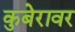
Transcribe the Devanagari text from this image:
कुबेरावर